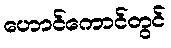
ဟောင်ကောင်တွင်